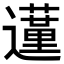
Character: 𨘦